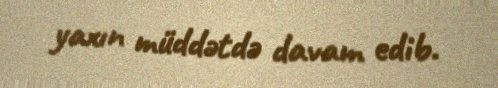
yaxın müddətdə davam edib.